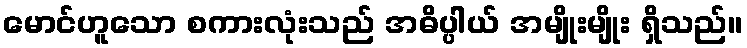
မောင်ဟူသော စကားလုံးသည် အဓိပ္ပါယ် အမျိုးမျိုး ရှိသည်။